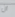
ان